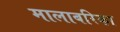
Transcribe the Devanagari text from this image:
मालाबरिका